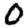
Digit: 0